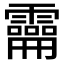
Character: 𩆚